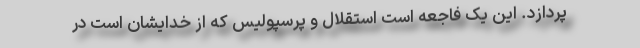
‌پردازد. این یک فاجعه است استقلال و پرسپولیس که از خدایشان است در